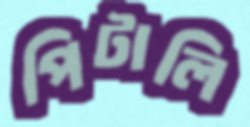
পিটালি